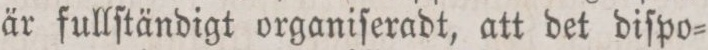
är fullſtändigt organiſeradt, att det diſpo=